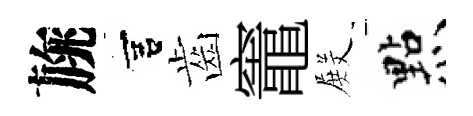
旐宫齒竈𭮺㸃